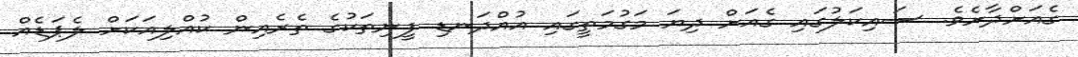
ގެއަށްދާށެވެ. ސައިކަލުގައި ގެއަށް ދިޔަ މަގުމަތީގައި އުއްދަނޑި ފީނިތަކުގެ ތެރެއިން ކުއްލިއަކަށް ލެޕަޑެއް